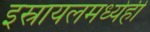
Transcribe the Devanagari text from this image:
इस्रायलमध्येही